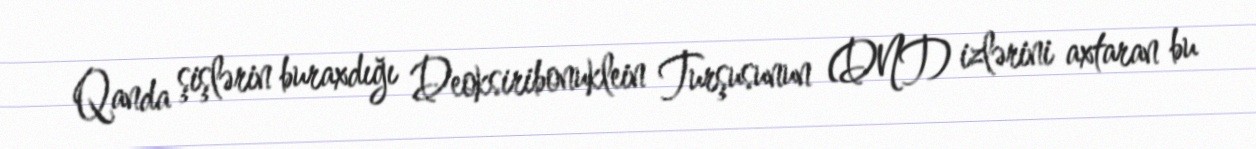
Qanda şişlərin buraxdığı Deoksiribonuklein Turşusunun (DNT) izlərini axtaran bu